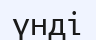
үнді